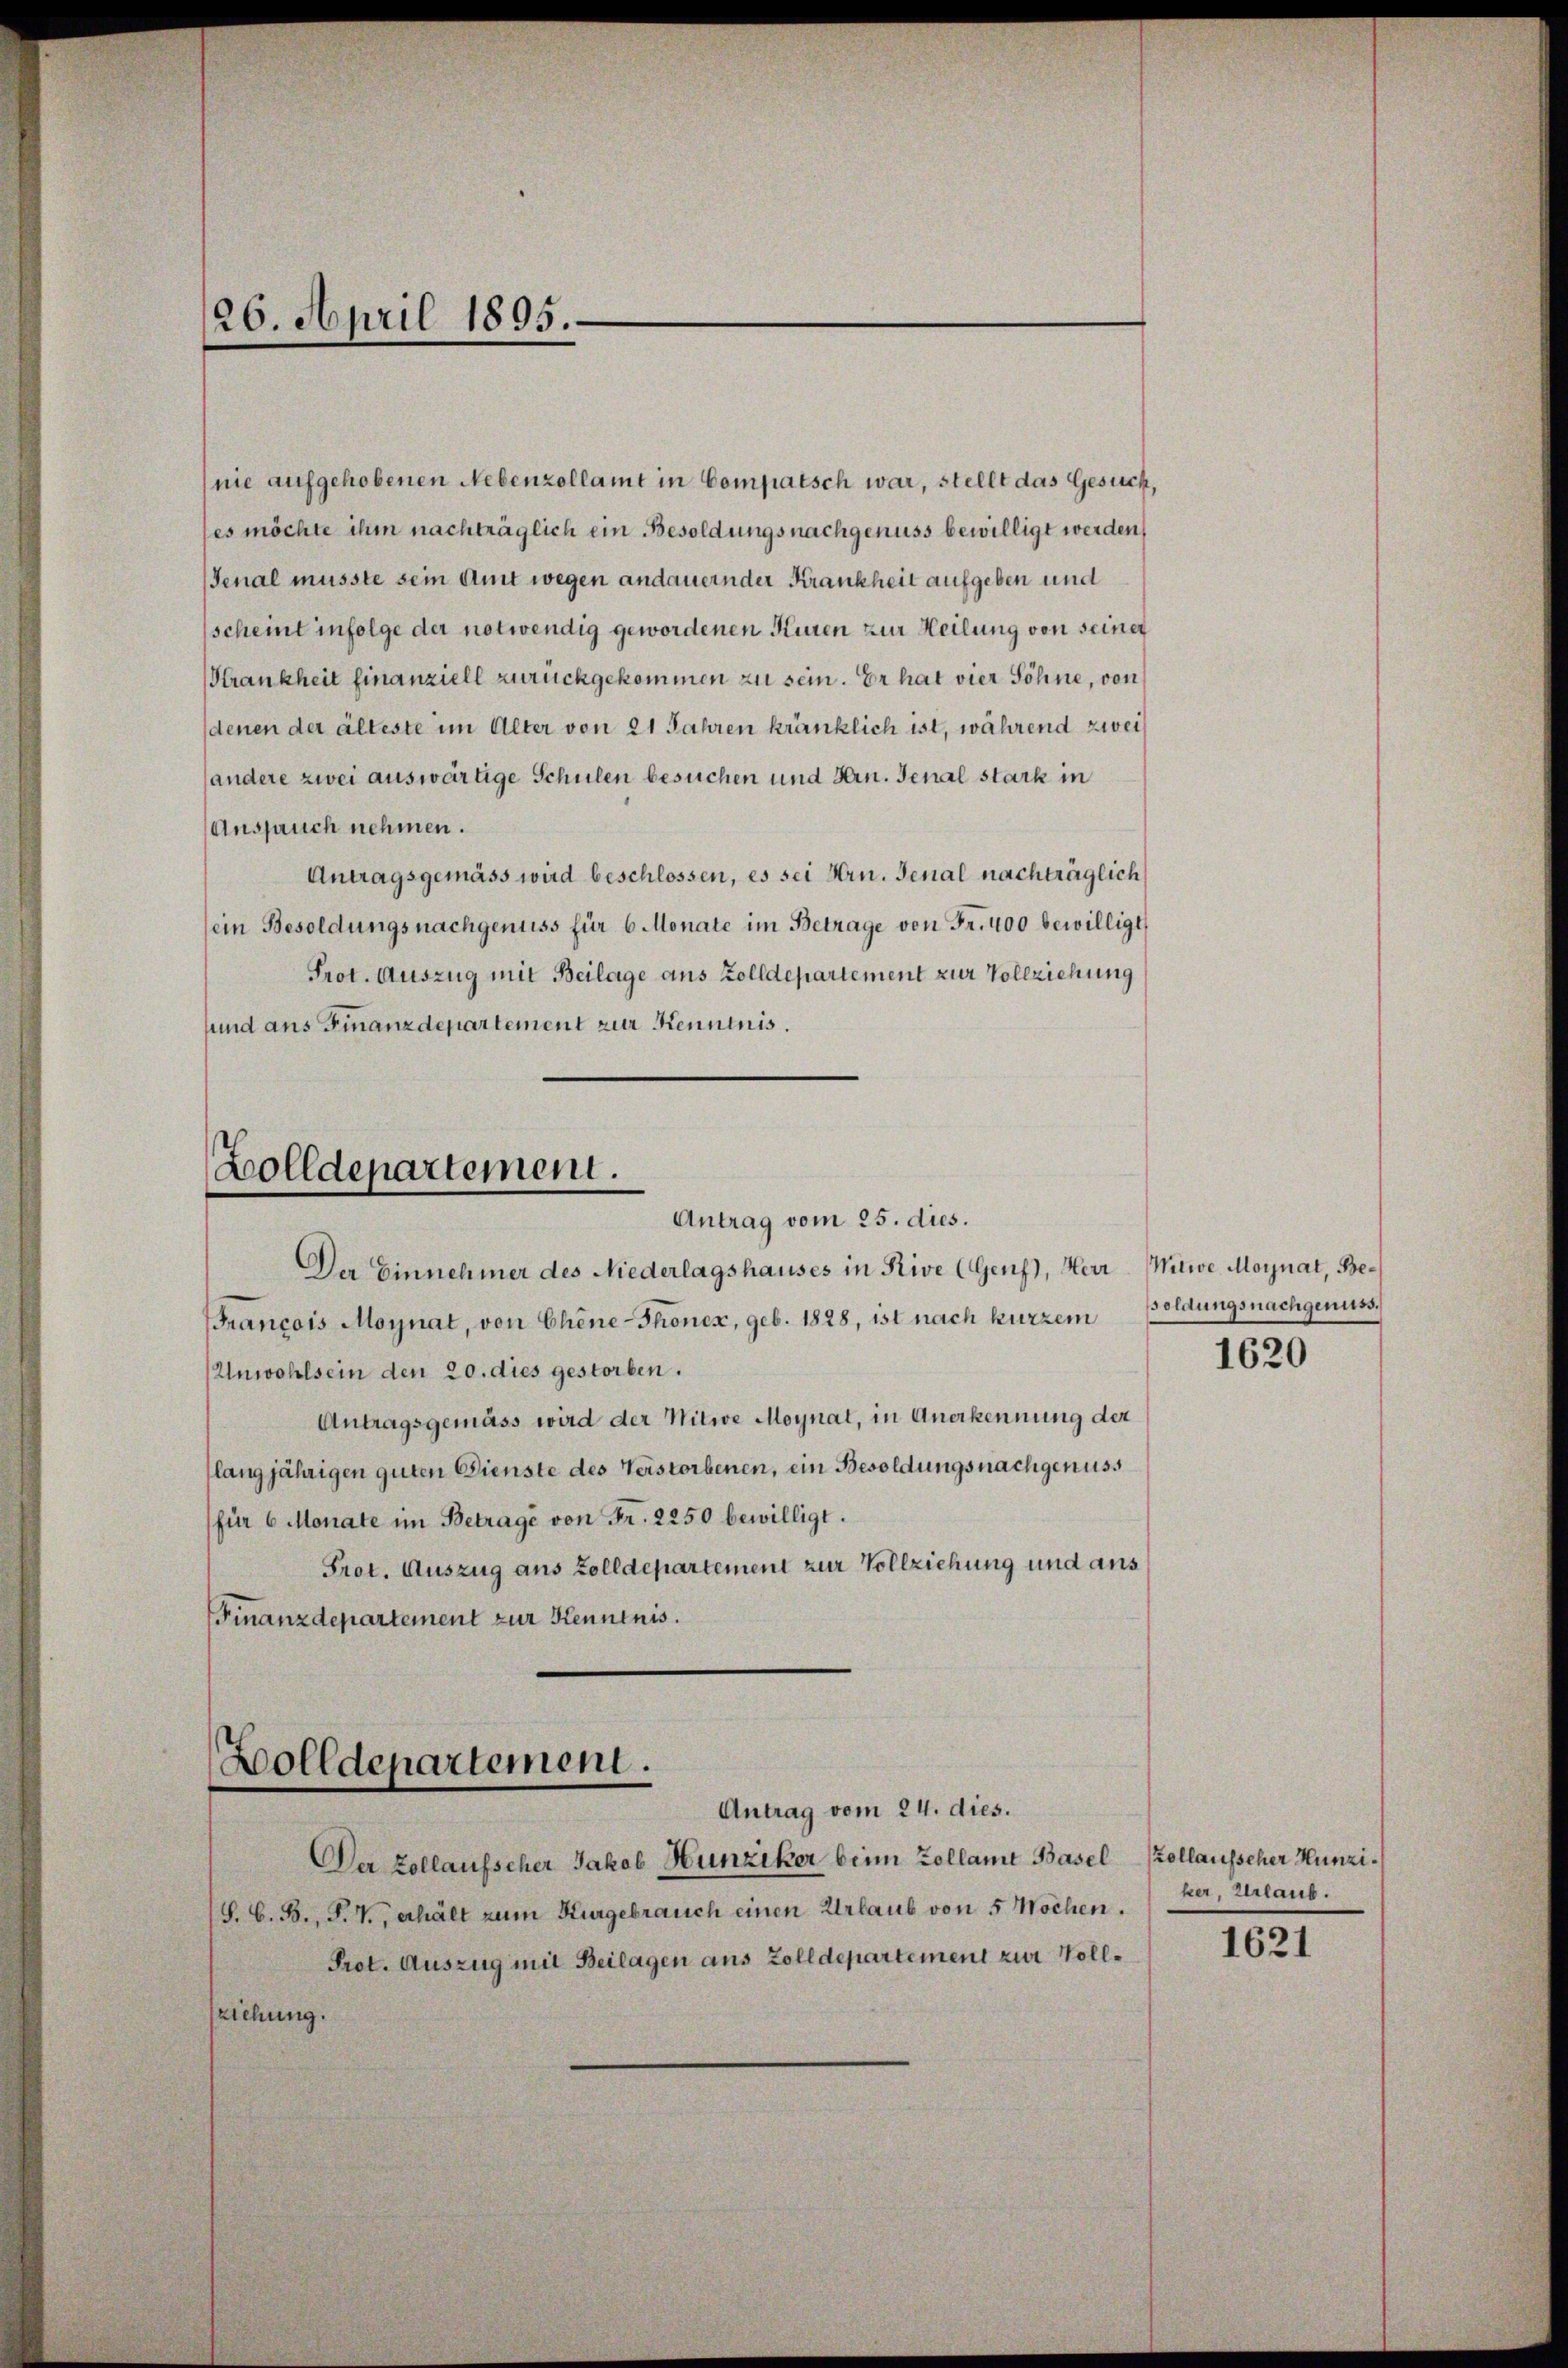
26. April 1895.

nie aufgehobenen Nebenzollamt in Compatsch war, stellt das Gesuch,
es möchte ihm nachträglich ein Besoldungsnachgenuss bewilligt werden,
Jenal musste sein Amt wegen andauernder Krankheit aufgeben und
scheint infolge der notwendig gewordenen Kuren zur Heilung von seiner
Krankheit finanziell zurückgekommen zu sein. Er hat vier Söhne, von
denen der älteste im Alter von 21 Jahren kränklich ist, während zwei
andere zwei auswärtige Schulen besuchen und Hrn. Jenal stark in
Anspruch nehmen.
Antragsgemäss wird beschlossen, es sei Hrn. Jenal nachträglich
sein Besoldungsnachgenuss für 6 Monate im Betrage von Fr. 400 bewilligt,
Prot. Auszug mit Beilage aus Zolldepartement zur Vollziehung
sund ans Finanzdepartement zur Kenntnis.

Zolldepartement.
Antrag vom 25. dies.

Der Einnehmer des Niederlagshauses in Rive (Genf), Herr Witwe Moynat, Be¬
Francois Moynat, von Chine-Thones, geb. 1828, ist nach kurzem
Unwohlsein den 20. dies gestorben.
Antragsgemäss wird der Witwe Moynat, in Anerkennung der
(langjährigen guten Dienste des Verstorbenen, ein Besoldungsnachgenuss
(für 6 Monate im Betrage von Fr. 2250 bewilligt.
Prot. Auszug aus Zolldepartement zur Vollziehung und aus
Finanzdepartement zur Kenntnis.

Holldepartement.
Antrag vom 24. dies.

Der Zollaufscher Jakob Hunziker beim Zollamt Basel (Zollausseher Hunzi¬
S. G. B., P. V., erhält zum Kurgebrauch einen Urlaub von 5 Wochen.
Prot. Auszug mit Beilagen aus Zolldepartement zur Vollziehung.

ssoldungsnachgenuss.

1620

ker, Urlaub.

1621